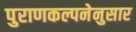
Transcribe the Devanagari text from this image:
पुराणकल्पनेनुसार